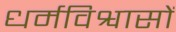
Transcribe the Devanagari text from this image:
धर्मविश्वासों